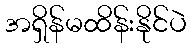
အရှိန်မထိန်းနိုင်ပဲ